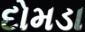
દોમડા